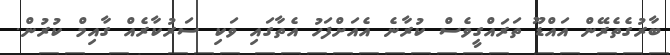
ބާރުގެތެރޭން އައްޑޫ ތަރައްގީވެސް ކުރާނެ އެއަށްފަހު އެތާގައި ވަކި ސަރުކާރެއް ގާއިމް ކުރުން.